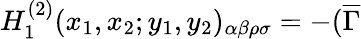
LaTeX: H_{1}^{(2)}(x_{1},x_{2};y_{1},y_{2})_{\alpha\beta\rho\sigma}=-(\overline{{{\Gamma}}}